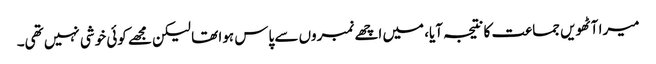
میرا آٹھویں جماعت کا نتیجہ آیا، میں اچھے نمبروں سے پاس ہوا تھا لیکن مجھے کوئی خوشی نہیں تھی۔